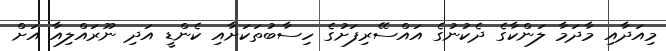
މިއަދާއި މާދަމާ ލަންކާގެ ދެކުނުގެ އައްސޭރިފަށުގެ ހިސާބުތަކަށާއި ކެންޑީ އަދި ނޫރައްލިއާ އަށް